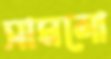
সামলো